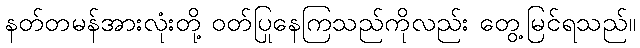
နတ်တမန်အားလုံးတို့ ဝတ်ပြုနေကြသည်ကိုလည်း တွေ့မြင်ရသည်။